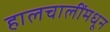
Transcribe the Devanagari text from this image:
हालचालींमधून